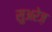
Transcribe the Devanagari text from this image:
सुअरेज़